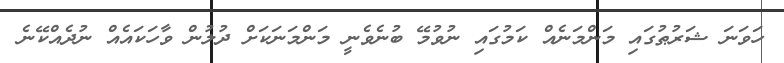
ހަވަނަ ޝަރުޠުގައި މަންމަނެއް ކަމުގައި ނުވުމޭ ބުނެވެނީ މަންމަނަކަށް ދުލުން ވާހަކައެއް ނުދެއްކޭނެ